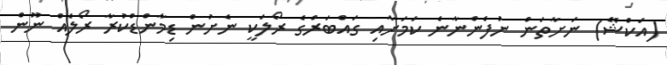
(އަކްޝޭ) ނަށާތަން ނުފެންނާނެ ކަމަށާއި ގައްބަރްގެ ރޯލަކީ ނެށުން ޑިމާންޑްކުރާ ރޯލެއް ނޫން